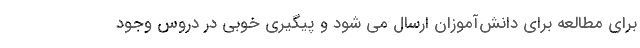
برای مطالعه برای دانش‌آموزان ارسال می شود و پیگیری خوبی در دروس وجود